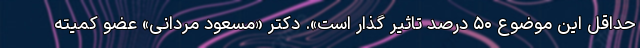
حداقل این موضوع ۵۰ درصد تاثیر گذار است». دکتر «مسعود مردانی» عضو کمیته